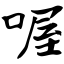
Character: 喔